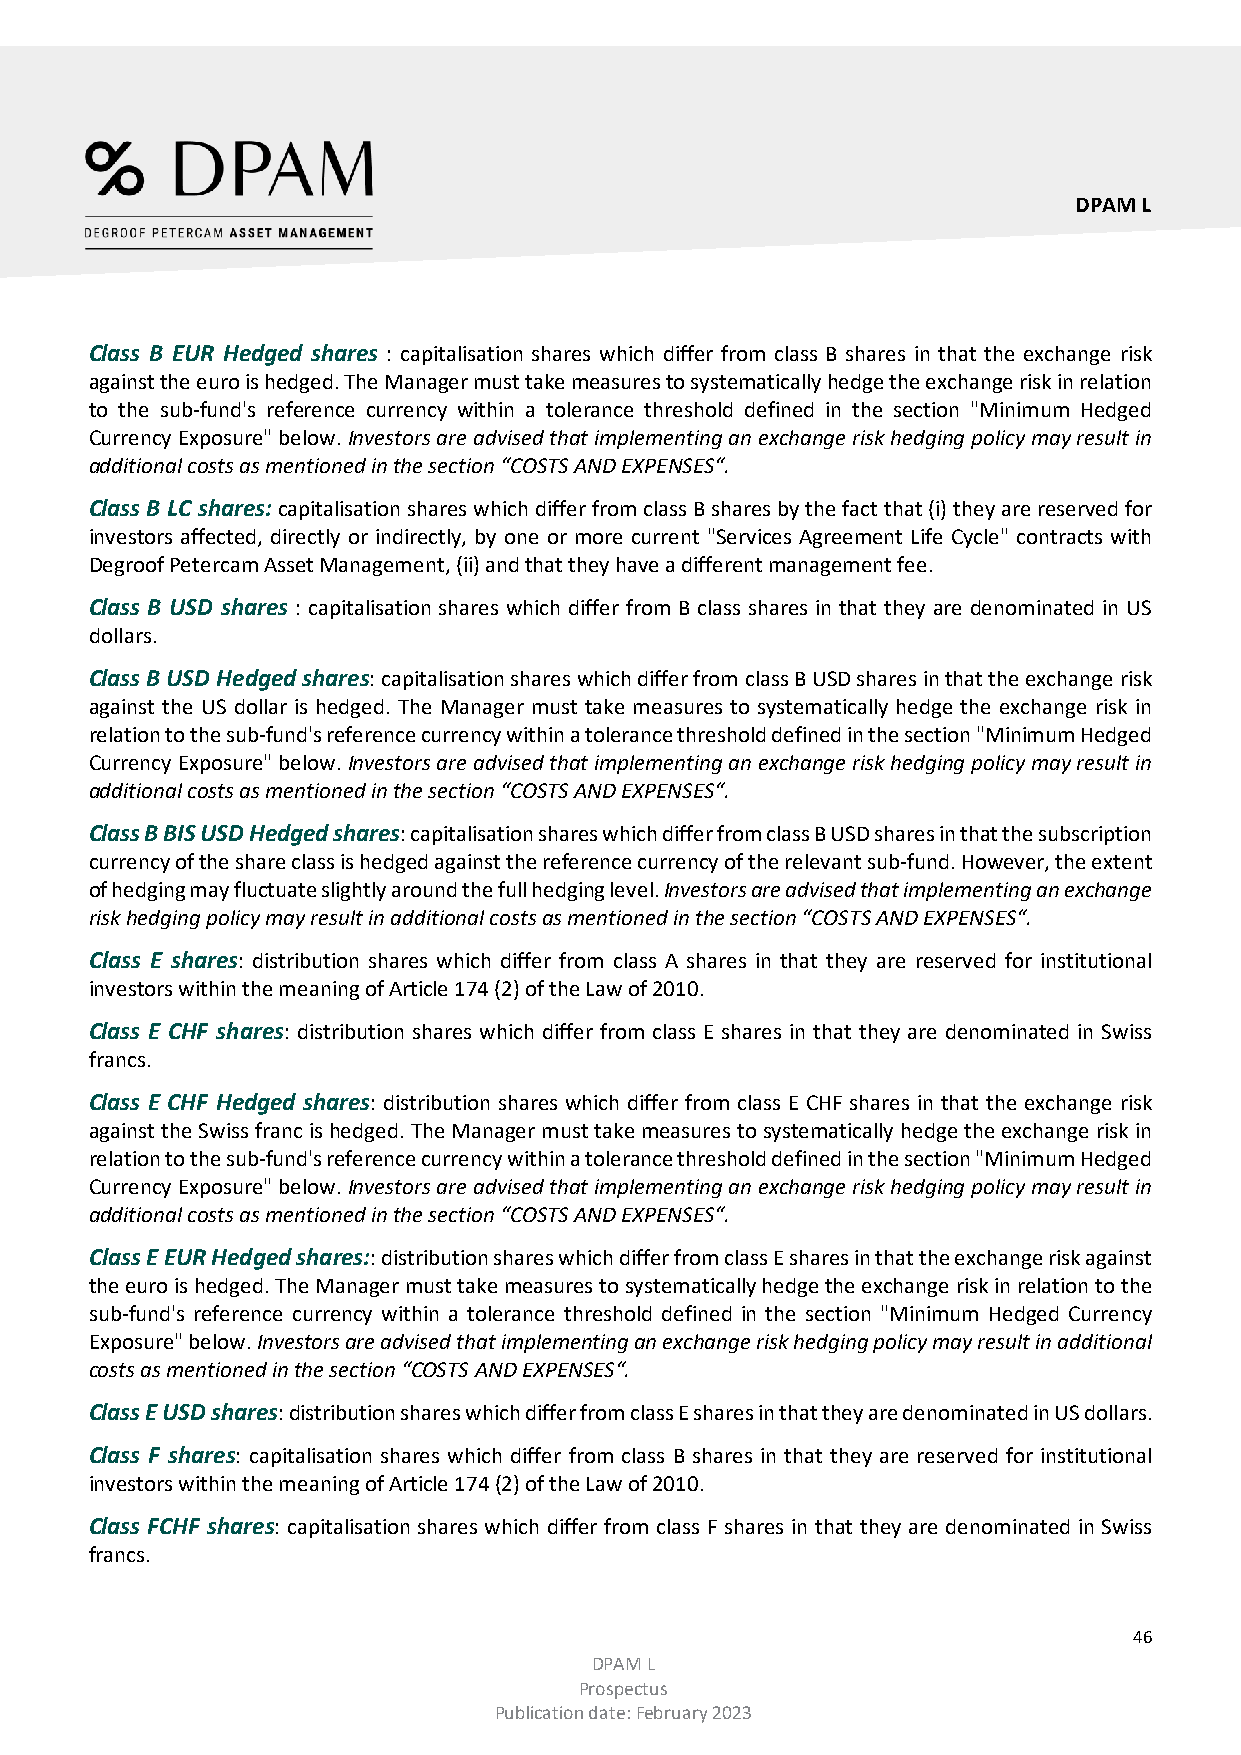
DPAM L
 Class B EUR Hedged shares : capitalisation shares which differ from class B shares in that the exchange risk
 against the euro is hedged. The Manager must take measures to systematically hedge the exchange risk in relation
 to the sub-fund's reference currency within a tolerance threshold defined in the section "Minimum Hedged
 Currency Exposure" below. Investors are advised that implementing an exchange risk hedging policy may result in
 additional costs as mentioned in the section “COSTS AND EXPENSES“.
 Class B LC shares: capitalisation shares which differ from class B shares by the fact that (i) they are reserved for
 investors affected, directly or indirectly, by one or more current "Services Agreement Life Cycle" contracts with
 Degroof Petercam Asset Management, (ii) and that they have a different management fee.
 Class B USD shares : capitalisation shares which differ from B class shares in that they are denominated in US
 dollars.
 Class B USD Hedged shares: capitalisation shares which differ from class B USD shares in that the exchange risk
 against the US dollar is hedged. The Manager must take measures to systematically hedge the exchange risk in
 relation to the sub-fund's reference currency within a tolerance threshold defined in the section "Minimum Hedged
 Currency Exposure" below. Investors are advised that implementing an exchange risk hedging policy may result in
 additional costs as mentioned in the section “COSTS AND EXPENSES“.
 Class B BIS USD Hedged shares: capitalisation shares which differ from class B USD shares in that the subscription
 currency of the share class is hedged against the reference currency of the relevant sub-fund. However, the extent
 of hedging may fluctuate slightly around the full hedging level. Investors are advised that implementing an exchange
 risk hedging policy may result in additional costs as mentioned in the section “COSTS AND EXPENSES“.
 Class E shares: distribution shares which differ from class A shares in that they are reserved for institutional
 investors within the meaning of Article 174 (2) of the Law of 2010.
 Class E CHF shares: distribution shares which differ from class E shares in that they are denominated in Swiss
 francs.
 Class E CHF Hedged shares: distribution shares which differ from class E CHF shares in that the exchange risk
 against the Swiss franc is hedged. The Manager must take measures to systematically hedge the exchange risk in
 relation to the sub-fund's reference currency within a tolerance threshold defined in the section "Minimum Hedged
 Currency Exposure" below. Investors are advised that implementing an exchange risk hedging policy may result in
 additional costs as mentioned in the section “COSTS AND EXPENSES“.
 Class E EUR Hedged shares:: distribution shares which differ from class E shares in that the exchange risk against
 the euro is hedged. The Manager must take measures to systematically hedge the exchange risk in relation to the
 sub-fund's reference currency within a tolerance threshold defined in the section "Minimum Hedged Currency
 Exposure" below. Investors are advised that implementing an exchange risk hedging policy may result in additional
 costs as mentioned in the section “COSTS AND EXPENSES“.
 Class E USD shares: distribution shares which differ from class E shares in that they are denominated in US dollars.
 Class F shares: capitalisation shares which differ from class B shares in that they are reserved for institutional
 investors within the meaning of Article 174 (2) of the Law of 2010.
 Class FCHF shares: capitalisation shares which differ from class F shares in that they are denominated in Swiss
 francs.
 46
 DPAM L
 Prospectus
 Publication date: February 2023